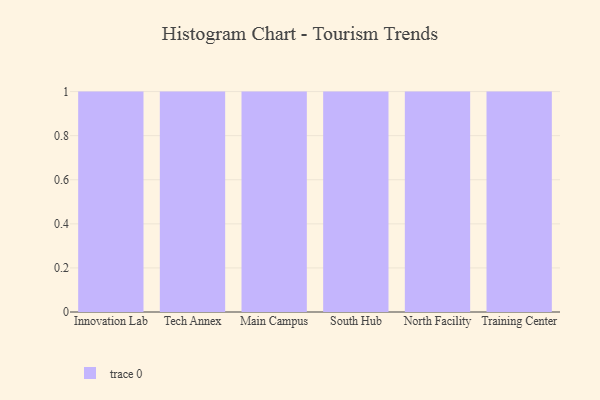
{"axis": {"x": "Campus", "y": "Humidity (%)"}, "legend": [""], "data": [{"x": "Innovation Lab", "y": 30, "type": ""}, {"x": "Tech Annex", "y": 84, "type": ""}, {"x": "Main Campus", "y": 67, "type": ""}, {"x": "South Hub", "y": 10, "type": ""}, {"x": "North Facility", "y": 7, "type": ""}, {"x": "Training Center", "y": 36, "type": ""}]}